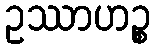
ဥဿာဟဉ္စ